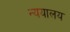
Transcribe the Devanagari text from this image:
न्ययालय